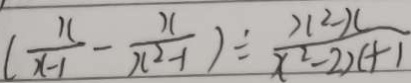
( \frac { x } { x - 1 } - \frac { x } { x ^ { 2 } - 1 } ) \div \frac { x ^ { 2 } - x } { x ^ { 2 } - 2 x + 1 }